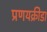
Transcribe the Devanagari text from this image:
प्रणयक्रीडा